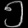
Digit: ၅